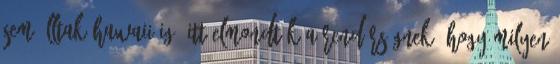
sem álltak Hawaii-ig. Itt elmondták a rendőrségnek, hogy milyen